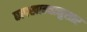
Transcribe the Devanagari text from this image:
छापखान्यानुसार